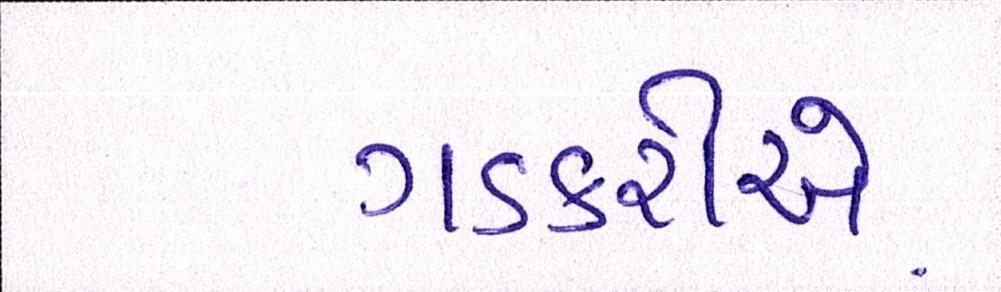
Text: ગડકરીએ